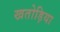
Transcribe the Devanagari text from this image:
खतोड़िया